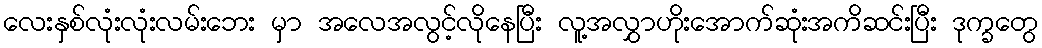
လေးနှစ်လုံးလုံးလမ်းဘေး မှာ အလေအလွင့်လိုနေပြီး လူ့အလွှာဟိုးအောက်ဆုံးအကိဆင်းပြီး ဒုက္ခတွေ